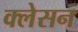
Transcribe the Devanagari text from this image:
क्‍लेसन